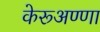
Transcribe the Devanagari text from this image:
केरूअण्णा